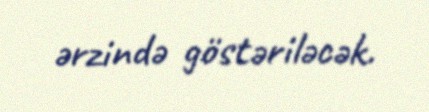
ərzində göstəriləcək.